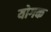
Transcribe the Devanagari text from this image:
योगक